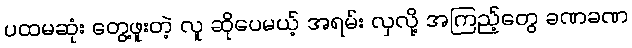
ပထမဆုံး တွေ့ဖူးတဲ့ လူ ဆိုပေမယ့် အရမ်း လှလို့ အကြည့်တွေ ခဏခဏ